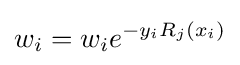
w_{i}=w_{i}e^{-y_{i}R_{j}(x_{i})}